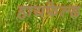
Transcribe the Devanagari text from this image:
हायफेल्ड